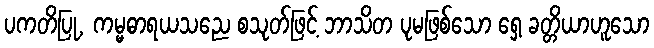
ပကတိပြု, ကမ္မဓာရယသညေ စသုတ်ဖြင့် ဘာသိတ ပုမဖြစ်သော ရှေ့ ခတ္တိယာဟူသော